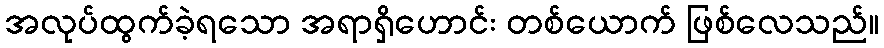
အလုပ်ထွက်ခဲ့ရသော အရာရှိဟောင်း တစ်ယောက် ဖြစ်လေသည်။